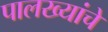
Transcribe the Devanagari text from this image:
पालख्यांचे